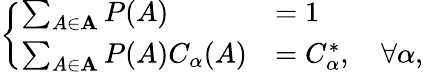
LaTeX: \left\{ \begin{array}{ll}{\sum_{A\in\mathbf{A}}P(A)}&{=1}\\ {\sum_{A\in\mathbf{A}}P(A)C_{\alpha}(A)}&{=C_{\alpha}^{*},\quad\forall\alpha,}\end{array}\right.